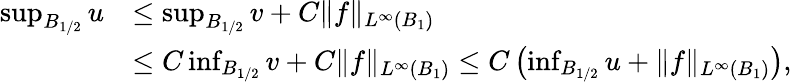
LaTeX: \begin{array}{rl}{\operatorname*{sup}_{B_{1/2}}u}&{\le\operatorname*{sup}_{B_{1/2}}v+C\| f\| _{L^{\infty}(B_{1})}}\\ &{\le C\operatorname*{inf}_{B_{1/2}}v+C\| f\| _{L^{\infty}(B_{1})}\le C\left(\operatorname*{inf}_{B_{1/2}}u+\| f\| _{L^{\infty}(B_{1})}\right),}\end{array}